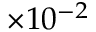
\times 1 0 ^ { - 2 }